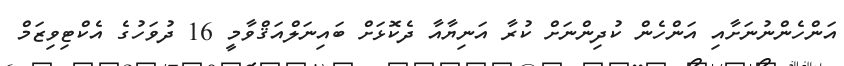
އަންހެންނުނަށާއި އަންހެން ކުދިންނަށް ކުރާ އަނިޔާއާ ދެކޮޅަށް ބައިނަލްއަޤްވާމީ 16 ދުވަހުގެ އެކްޓިވިޒަމް